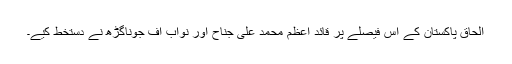
الحاق پاکستان کے اس فیصلے پر قائد اعظم محمد علی جناح اور نواب آف جوناگڑھ نے دستخط کیے۔